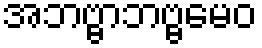
အဘဗ္ဗာဘဗ္ဗမေဝ